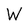
Character: W